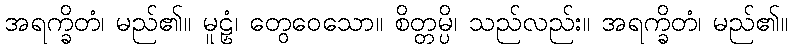
အရက္ခိတံ၊ မည်၏။ မူဠှံ၊ တွေဝေသော။ စိတ္တမ္ပိ၊ သည်လည်း။ အရက္ခိတံ၊ မည်၏။